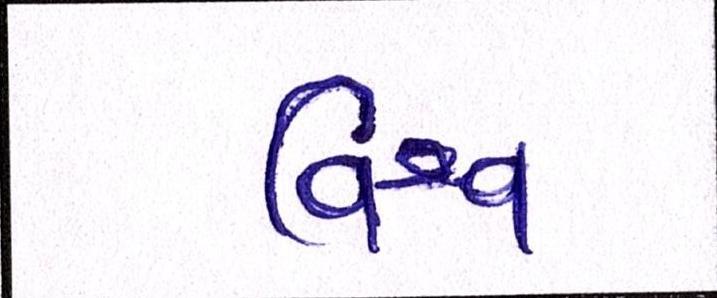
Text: વિશ્વ